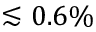
\lesssim 0 . 6 \%